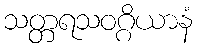
သတ္တရသဝဂ္ဂိယာနံ